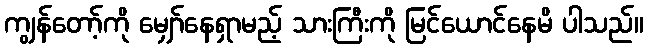
ကျွန်တော့်ကို မျှော်နေရှာမည့် သားကြီးကို မြင်ယောင်နေမိ ပါသည်။